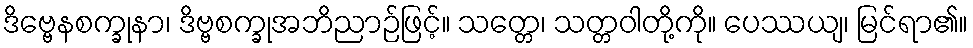
ဒိဗ္ဗေနစက္ခုနာ၊ ဒိဗ္ဗစက္ခုအဘိညာဉ်ဖြင့်။ သတ္တေ၊ သတ္တဝါတို့ကို။ ပေဿယျ၊ မြင်ရာ၏။